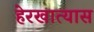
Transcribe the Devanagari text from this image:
हेरखात्यास